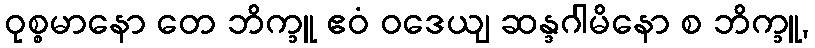
ဝုစ္စမာနော တေ ဘိက္ခူ ဧဝံ ဝဒေယျ ဆန္ဒဂါမိနော စ ဘိက္ခူ,